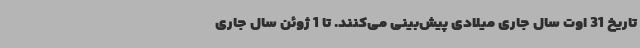
تاریخ 31 اوت سال جاری میلادی پیش‌بینی می‌کنند. تا 1 ژوئن سال جاری